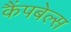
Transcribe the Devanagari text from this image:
कैंपबेल्स